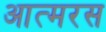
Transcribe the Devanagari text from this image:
आत्मरस